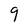
Character: 9